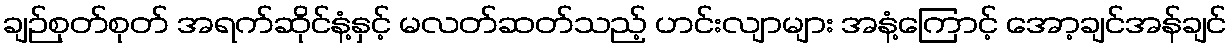
ချဉ်စုတ်စုတ် အရက်ဆိုင်နံ့နှင့် မလတ်ဆတ်သည့် ဟင်းလျာများ အနံ့ကြောင့် အော့ချင်အန်ချင်